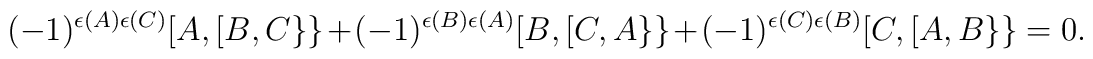
(-1)^{\epsilon(A)\epsilon(C)}[A,[B,C\}\}+(-1)^{\epsilon(B)\epsilon(A)}[B,[C,A\}\}+(-1)^{\epsilon(C)\epsilon(B)}[C,[A,B\}\}=0.